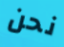
نحن